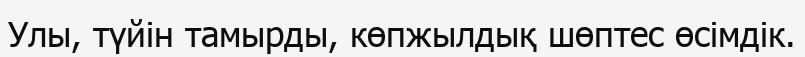
Улы, түйін тамырды, көпжылдық шөптес өсімдік.